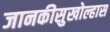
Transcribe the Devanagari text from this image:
जानकीसुखोल्हास